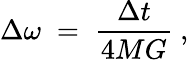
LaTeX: \Delta\omega\; =\; {\frac{\Delta t}{4MG}}\ ,